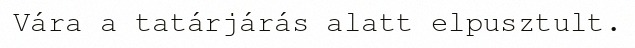
Vára a tatárjárás alatt elpusztult.